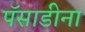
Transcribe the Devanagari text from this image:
पॅसाडीना